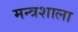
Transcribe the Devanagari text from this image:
मन्त्रशाला